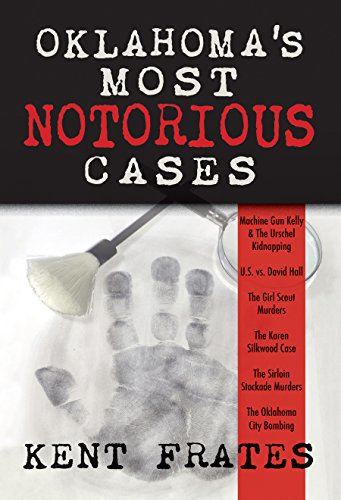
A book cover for Oklahoma's Most Notorious Cases: Â Machine Gun Kelly Kidnapping, US vs. David Hall, Girl Scout Murders, Karen Silkwood, Sirloin Stockade Murders, OKC Bombing; Kent Frates; Biographies & Memoirs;